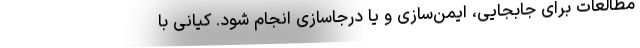
مطالعات برای جابجایی، ایمن‌سازی و یا درجاسازی انجام شود. کیانی با